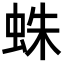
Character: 蛛